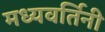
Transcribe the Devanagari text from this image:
मध्यवर्तिनी